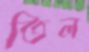
তিল